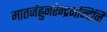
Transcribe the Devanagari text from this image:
मातर्जह्नुनरेन्द्रनन्दिनि